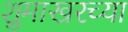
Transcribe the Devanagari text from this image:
शुमाखरच्या